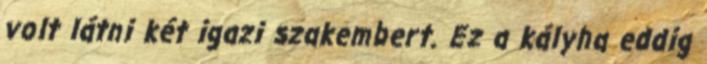
volt látni két igazi szakembert. Ez a kályha eddig